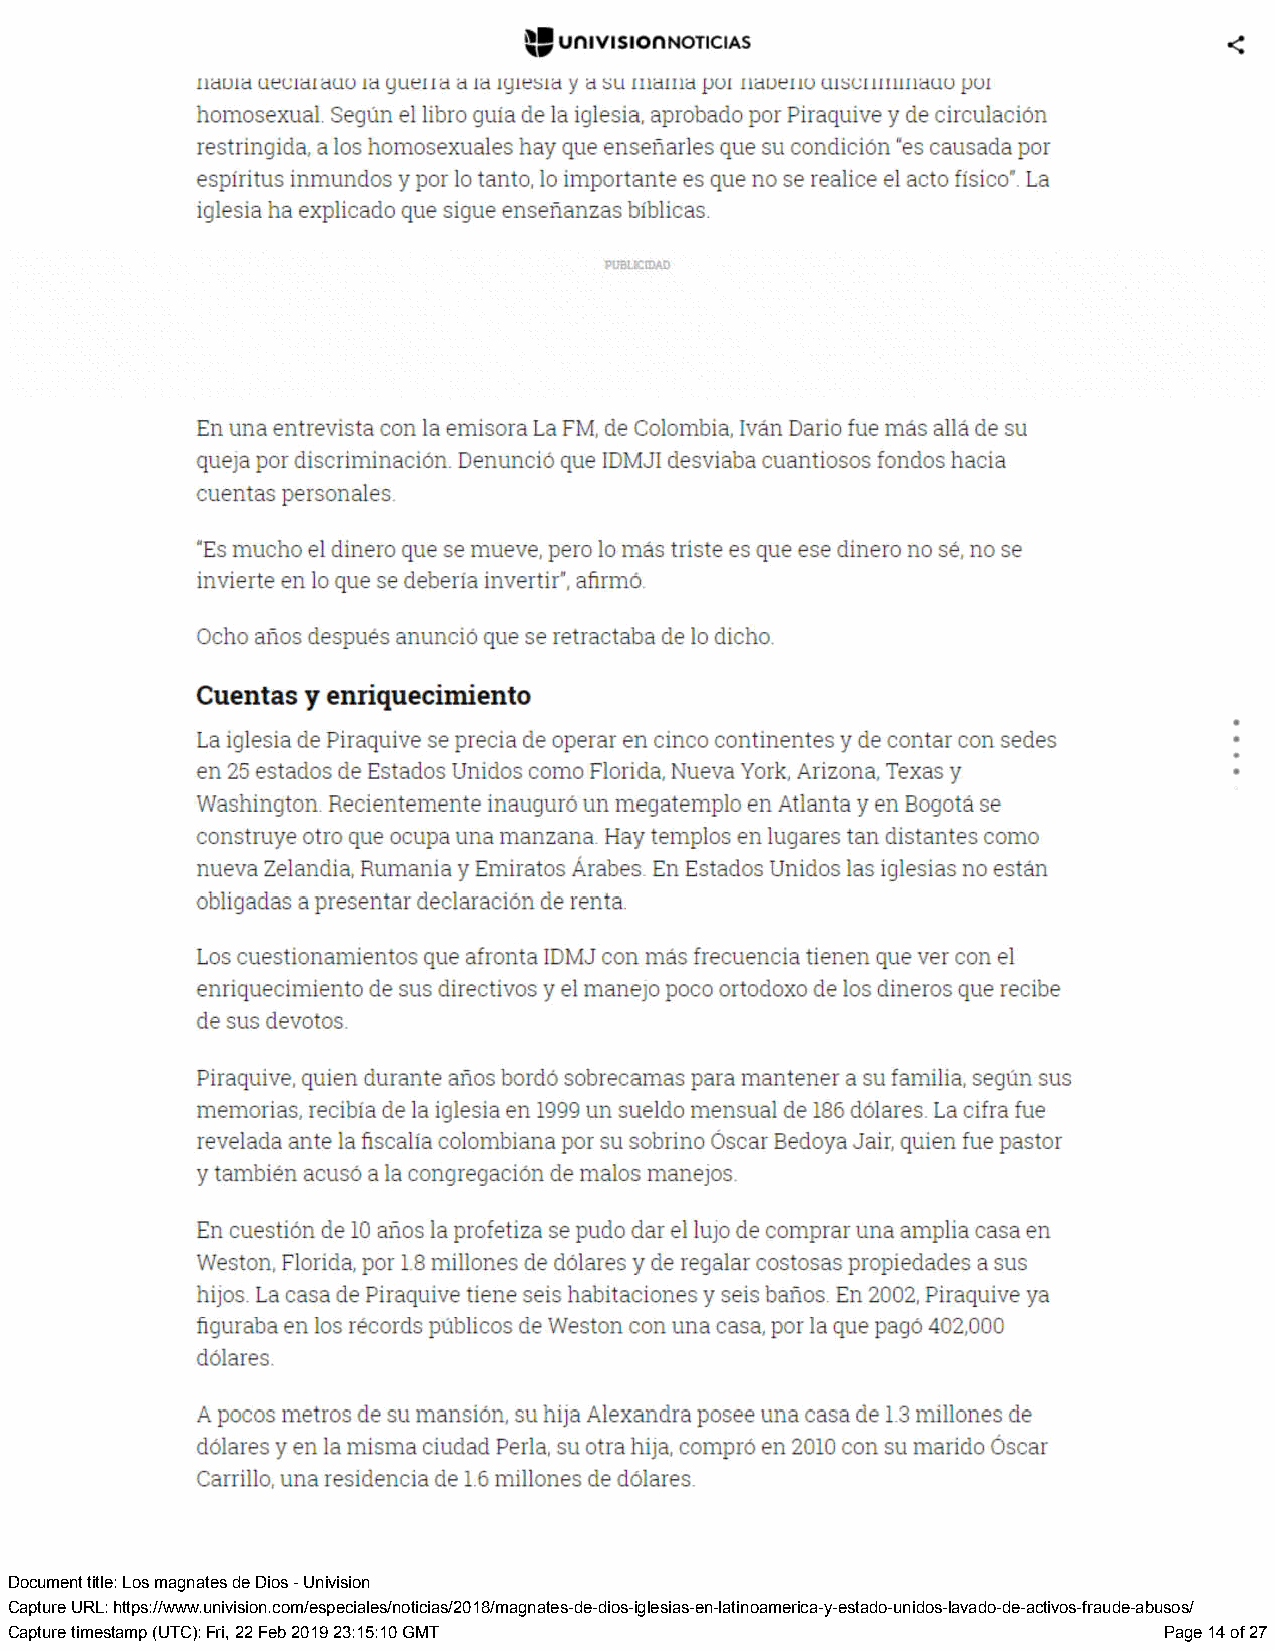
Document title: Los magnates de Dios - Univision
 Capture URL: https://www.univision.com/especiales/noticias/2018/magnates-de-dios-iglesias-en-latinoamerica-y-estado-unidos-lavado-de-activos-fraude-abusos/
 Capture timestamp (UTC): Fri, 22 Feb 2019 23:15:10 GMT                       Page 14 of 27